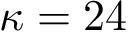
\kappa = 2 4